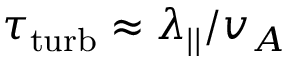
\tau _ { \mathrm { t u r b } } \approx \lambda _ { | | } / v _ { A }